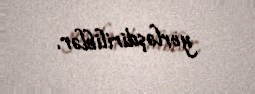
yerləşdiriliblər.